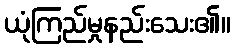
ယုံကြည်မှုနည်းသေး၏။